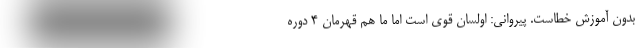
بدون آموزش خطاست. پیروانی: اولسان قوی است اما ما هم قهرمان 4 دوره